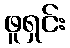
ဖူရှင်း